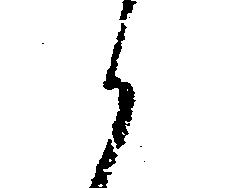
候